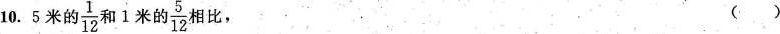
10. 5 米的\frac{1}{12}和 1 米的\frac{5}{12}相比， ()